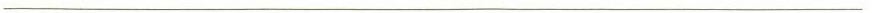
___